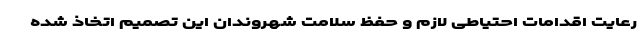
رعایت اقدامات احتیاطی لازم و حفظ سلامت شهروندان این تصمیم اتخاذ شده